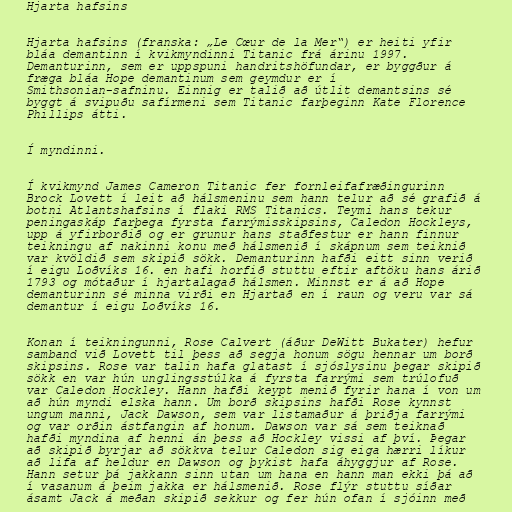
Hjarta hafsins

Hjarta hafsins (franska: „Le Cœur de la Mer“) er heiti yfir
bláa demantinn í kvikmyndinni Titanic frá árinu 1997.
Demanturinn, sem er uppspuni handritshöfundar, er byggður á
fræga bláa Hope demantinum sem geymdur er í
Smithsonian-safninu. Einnig er talið að útlit demantsins sé
byggt á svipuðu safírmeni sem Titanic farþeginn Kate Florence
Phillips átti.

Í myndinni.

Í kvikmynd James Cameron Titanic fer fornleifafræðingurinn
Brock Lovett í leit að hálsmeninu sem hann telur að sé grafið á
botni Atlantshafsins í flaki RMS Titanics. Teymi hans tekur
peningaskáp farþega fyrsta farrýmisskipsins, Caledon Hockleys,
upp á yfirborðið og er grunur hans staðfestur er hann finnur
teikningu af nakinni konu með hálsmenið í skápnum sem teiknið
var kvöldið sem skipið sökk. Demanturinn hafði eitt sinn verið
í eigu Loðvíks 16. en hafi horfið stuttu eftir aftöku hans árið
1793 og mótaður í hjartalagað hálsmen. Minnst er á að Hope
demanturinn sé minna virði en Hjartað en í raun og veru var sá
demantur í eigu Loðvíks 16.

Konan í teikningunni, Rose Calvert (áður DeWitt Bukater) hefur
samband við Lovett til þess að segja honum sögu hennar um borð
skipsins. Rose var talin hafa glatast í sjóslysinu þegar skipið
sökk en var hún unglingsstúlka á fyrsta farrými sem trúlofuð
var Caledon Hockley. Hann hafði keypt menið fyrir hana í von um
að hún myndi elska hann. Um borð skipsins hafði Rose kynnst
ungum manni, Jack Dawson, sem var listamaður á þriðja farrými
og var orðin ástfangin af honum. Dawson var sá sem teiknað
hafði myndina af henni án þess að Hockley vissi af því. Þegar
að skipið byrjar að sökkva telur Caledon sig eiga hærri líkur
að lifa af heldur en Dawson og þykist hafa áhyggjur af Rose.
Hann setur þá jakkann sinn utan um hana en hann man ekki þá að
í vasanum á þeim jakka er hálsmenið. Rose flýr stuttu síðar
ásamt Jack á meðan skipið sekkur og fer hún ofan í sjóinn með